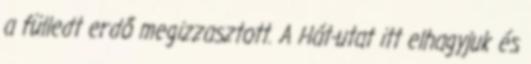
a fülledt erdő megizzasztott. A Hát-utat itt elhagyjuk és